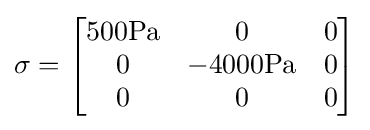
\sigma ={\begin{bmatrix}500\mathrm {Pa} &0&0\\0&-4000\mathrm {Pa} &0\\0&0&0\end{bmatrix}}